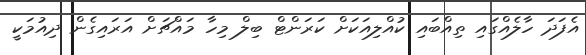
އެފަދަ ހާލެއްްގަައި ތިއްބައި ކުއްލިއަކަށް ކަރަންޓް ބިލް މިހާ މައްޗަށް އަރައިގެން ދިއުމަކީ